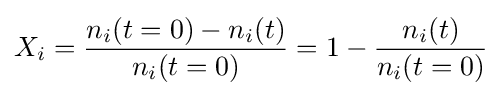
X_{i}={\frac {n_{i}(t=0)-n_{i}(t)}{n_{i}(t=0)}}=1-{\frac {n_{i}(t)}{n_{i}(t=0)}}